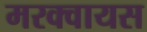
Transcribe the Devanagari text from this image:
मरक्वायस